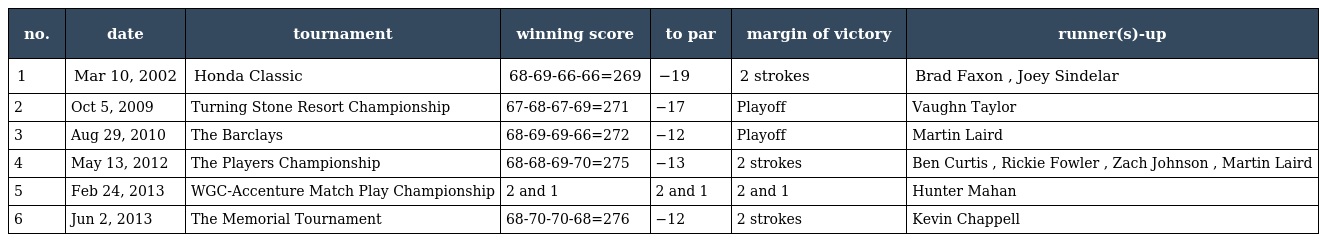
| no. | date | tournament | winning score | to par | margin of victory | runner(s)-up |
 | --- | --- | --- | --- | --- | --- | --- |
 | 1 | Mar 10, 2002 | Honda Classic | 68-69-66-66=269 | −19 | 2 strokes | Brad Faxon , Joey Sindelar |
 | 2 | Oct 5, 2009 | Turning Stone Resort Championship | 67-68-67-69=271 | −17 | Playoff | Vaughn Taylor |
 | 3 | Aug 29, 2010 | The Barclays | 68-69-69-66=272 | −12 | Playoff | Martin Laird |
 | 4 | May 13, 2012 | The Players Championship | 68-68-69-70=275 | −13 | 2 strokes | Ben Curtis , Rickie Fowler , Zach Johnson , Martin Laird |
 | 5 | Feb 24, 2013 | WGC-Accenture Match Play Championship | 2 and 1 | 2 and 1 | 2 and 1 | Hunter Mahan |
 | 6 | Jun 2, 2013 | The Memorial Tournament | 68-70-70-68=276 | −12 | 2 strokes | Kevin Chappell |